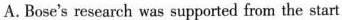
A. Bose's research was supported from the start